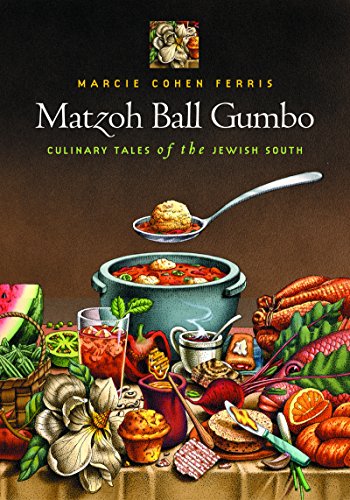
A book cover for Matzoh Ball Gumbo: Culinary Tales of the Jewish South; Marcie Cohen Ferris; Cookbooks, Food & Wine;